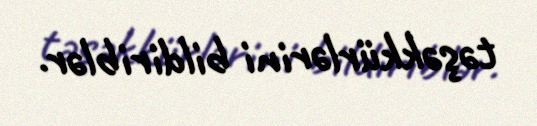
təşəkkürlərini bildiriblər.